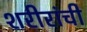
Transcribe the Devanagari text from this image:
शरीरांची